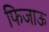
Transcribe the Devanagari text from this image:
फिजाऊ